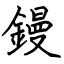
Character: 鏝